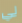
لي